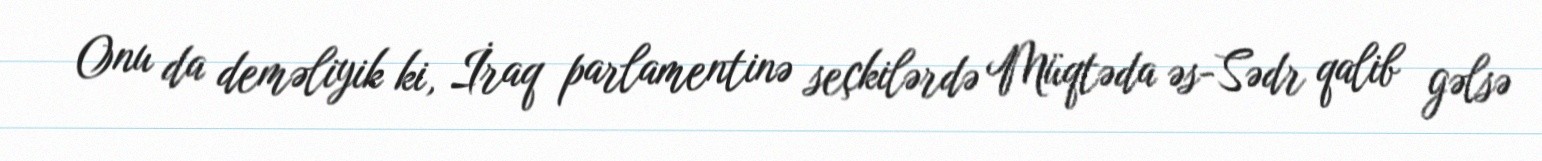
Onu da deməliyik ki, İraq parlamentinə seçkilərdə Müqtəda əs-Sədr qalib gəlsə